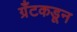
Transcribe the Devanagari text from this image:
ग्रँटकडून